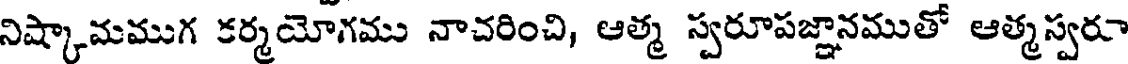
నిష్కామముగ కర్మయోగము నాచరించి, ఆత్మ స్వరూపజ్ఞానముతో ఆత్మస్వరూ